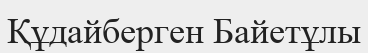
Құдайберген Байетұлы